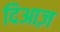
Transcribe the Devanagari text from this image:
दिआज़